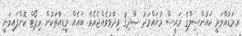
ރ.މަޑުއްވަރީ ކައުންސިލްގެ ރައީސް މުޙައްމަދު ޞާދިޤު ވިދާޅުވެއްޖެއެވެ. ބައެއް މީޑިއާތަކުން ރިޕޯޓް ކޮށްފައިވަނީ